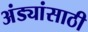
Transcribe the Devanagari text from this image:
अंड्यांसाठी